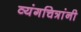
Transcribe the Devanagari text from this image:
व्यंगचित्रांनी